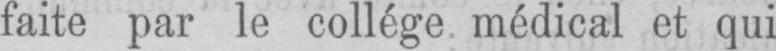
faite par le collège médical et qui